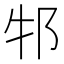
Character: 𬩶